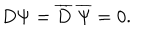
D \Psi = { \overline { { D } } } ~ { \overline { { \Psi } } } = 0 .